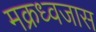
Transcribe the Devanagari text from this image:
मक्रध्वजास